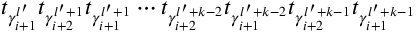
t _ { \gamma _ { i + 1 } ^ { l ^ { \prime } } } t _ { \gamma _ { i + 2 } ^ { l ^ { \prime } + 1 } } t _ { \gamma _ { i + 1 } ^ { l ^ { \prime } + 1 } } \cdots t _ { \gamma _ { i + 2 } ^ { l ^ { \prime } + k - 2 } } t _ { \gamma _ { i + 1 } ^ { l ^ { \prime } + k - 2 } } t _ { \gamma _ { i + 2 } ^ { l ^ { \prime } + k - 1 } } t _ { \gamma _ { i + 1 } ^ { l ^ { \prime } + k - 1 } }